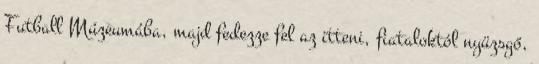
Futball Múzeumába, majd fedezze fel az itteni, fiataloktól nyüzsgő,